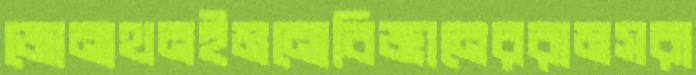
জোনাথনইমনোবিজ্ঞানেররামসরা